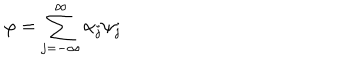
\varphi = \sum _ { j = - \infty } ^ { \infty } \alpha _ { j } \psi _ { j }